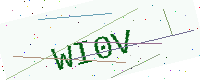
Text: WI0V